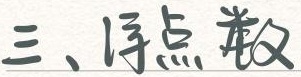
三、倒点阵